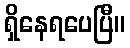
ရှိနေရပေပြီ။